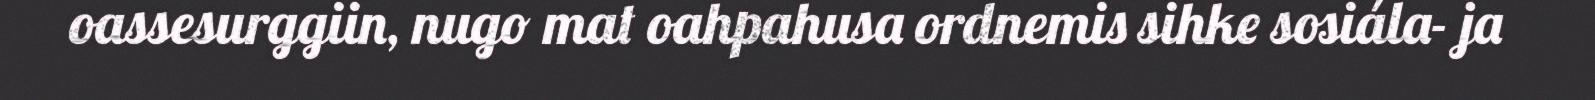
oassesurggiin, nugo mat oahpahusa ordnemis sihke sosiála- ja